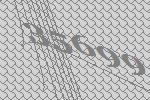
35699